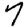
Digit: 7